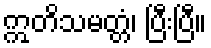
ဣတိသမတ္တံ၊ ပြီးပြီ။